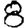
Digit: 8